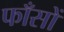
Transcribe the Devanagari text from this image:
फाँसों